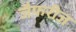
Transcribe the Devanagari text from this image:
जैफरीज